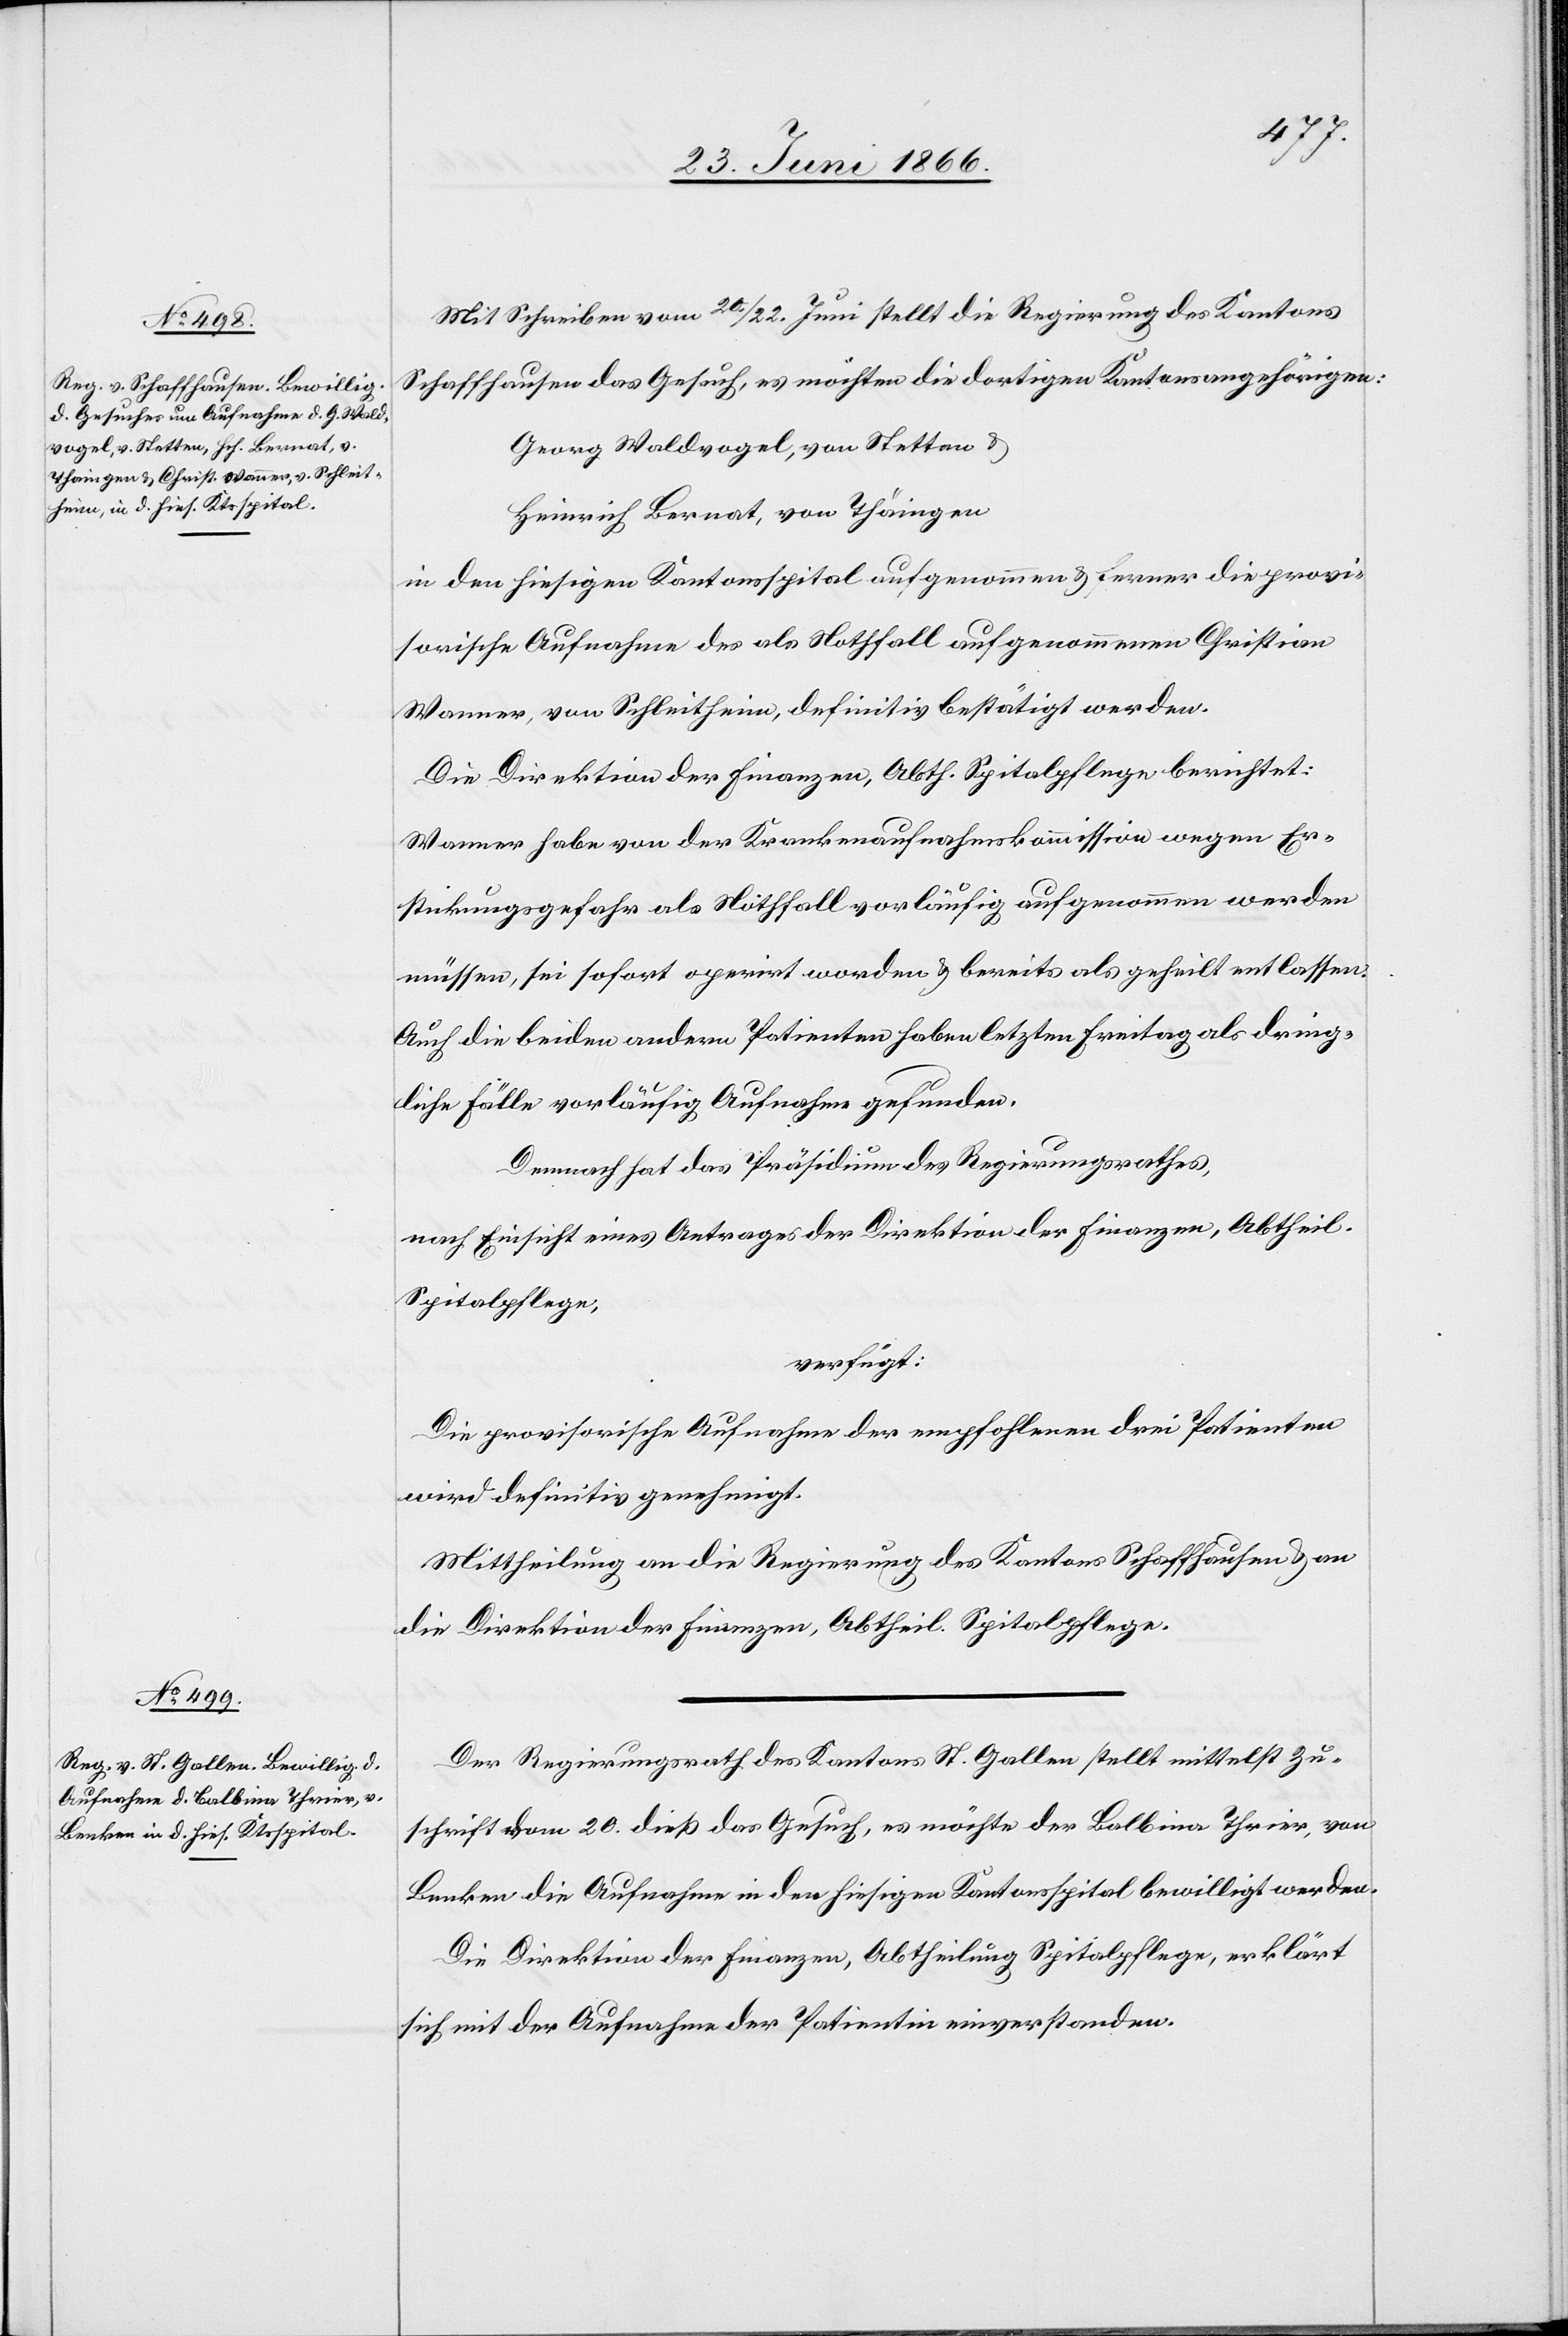
26. Juni 1866.]
Mit Schreiben vom 20./22. Juni stellt die Regierung des Kantons
Schaffhausen das Gesuch, es möchten die dortigen Kantonsangehörigen:
Georg Waldvogel, von Stetten u.
Heinrich Bernat, von Thäringen
in den hiesigen Kantonsspital aufgenommen u. ferner die provi¬
sorische Aufnahme des als Nothfall aufgenommenen Christian
Wanner, von Schleitheim, definitiv bestätigt werden.
Die Direktion der Finanzen, Abth. Spitalpflege berichtet:
Wanner habe von der Krankenaufnahmekommission wegen Er¬
stickungsgefahr als Nothfall vorläufig aufgenommen werden
müssen, sei sofort operirt worden u. bereits als geheilt entlassen.
Auch die beiden andern Patienten haben letzten Freitag als dring¬
liche Fälle vorläufig Aufnahme gefunden.
Demnach hat das Präsidium des Regierungsrathes,
nach Einsicht eines Antrages der Direktion der Finanzen, Abtheil.
Spitalpflege,
verfügt:
Die provisorische Aufnahme der empfohlenen drei Patienten
wird definitiv genehmigt.
Mittheilung an die Regierung des Kantons Schaffhausen u. an
die Direktion der Finanzen, Abth. Spitalpflege.
Der Regierungsrath des Kantons St. Gallen stellt mittelst Zu¬
schrift vom 20. dieß das Gesuch, es möchte der Balbina Thrier, von
Benken die Aufnahme in den hiesigen Kantonsspital bewilligt werden.
Die Direktion der Finanzen, Abtheilung Spitalpflege, erklärt
sich mit der Aufnahme der Patientin einverstanden.